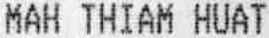
MAH THIAM HUAT